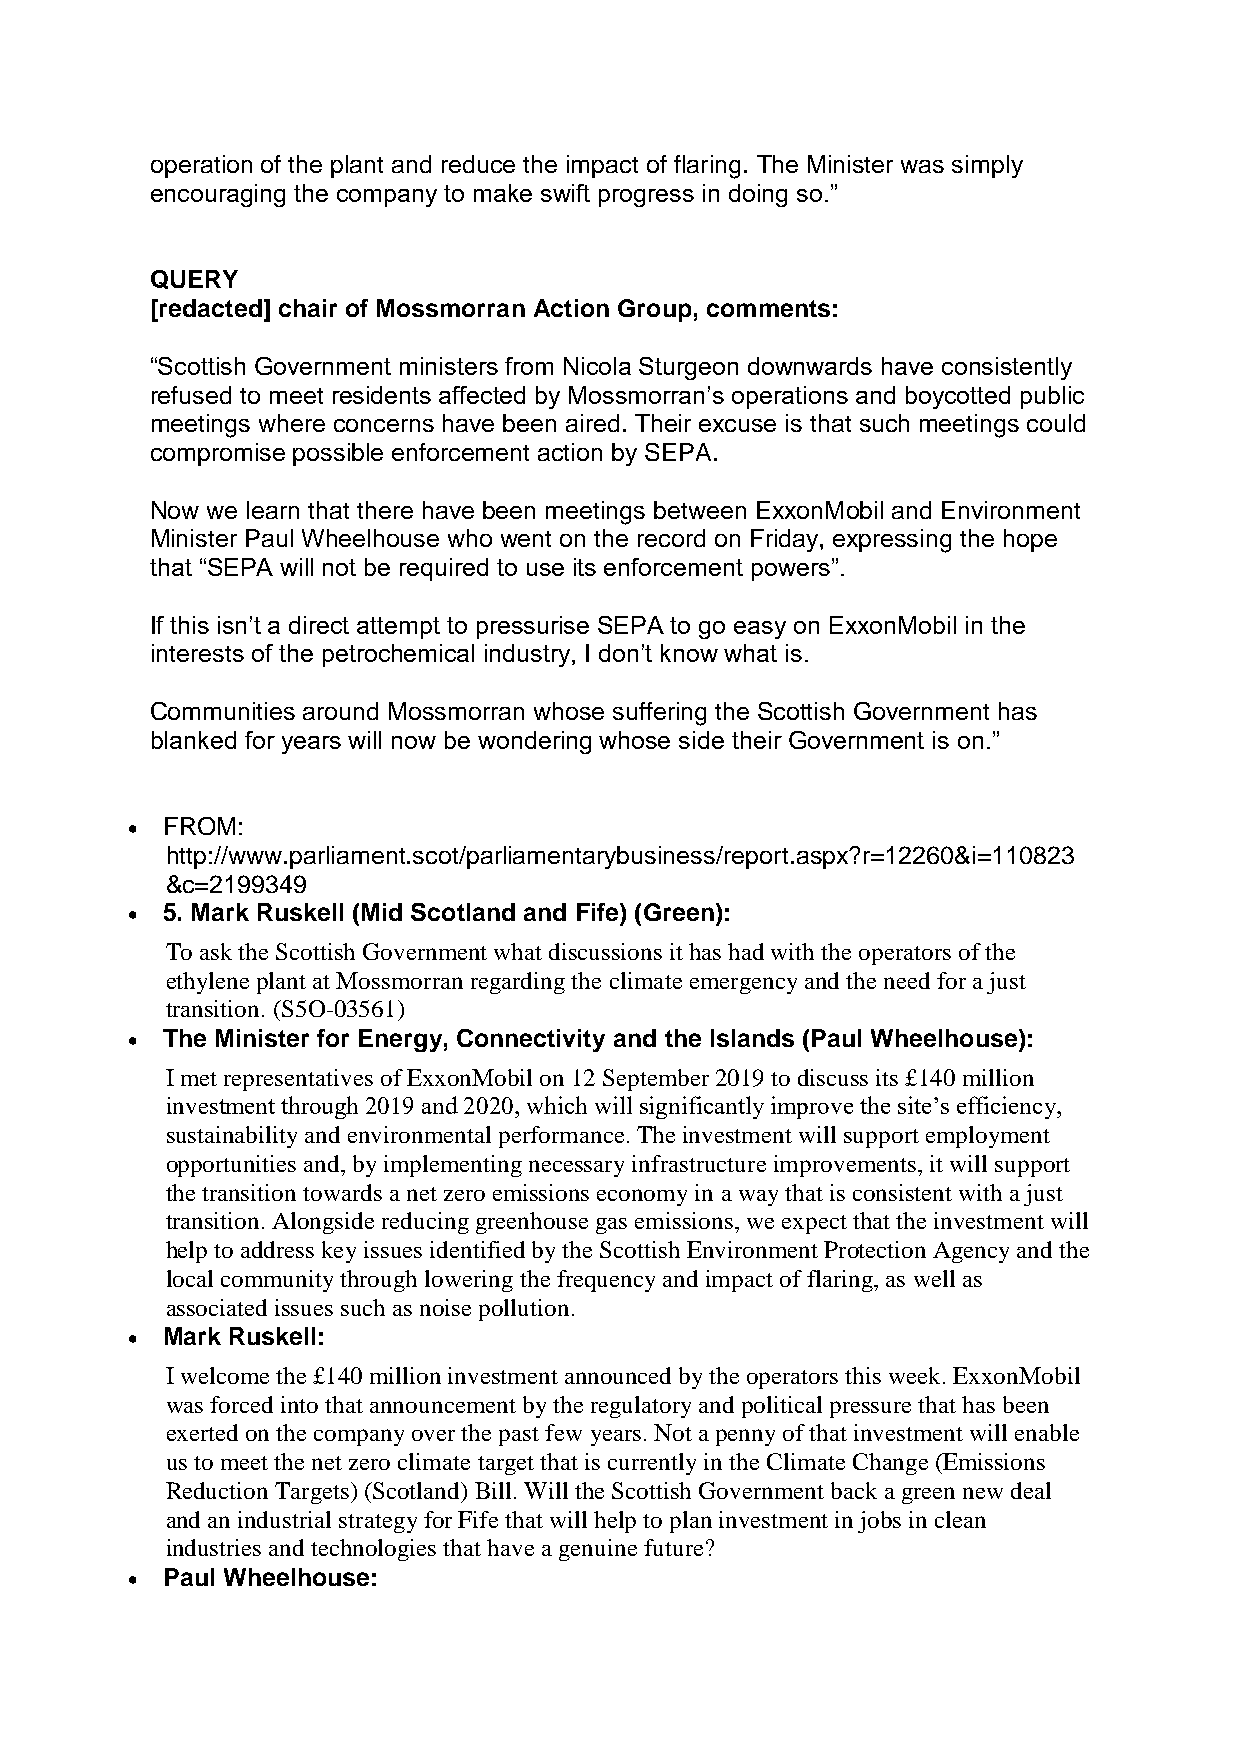
operation of the plant and reduce the impact of flaring. The Minister was simply
 encouraging the company to make swift progress in doing so.”
 QUERY
 [redacted] chair of Mossmorran Action Group, comments:
 “Scottish Government ministers from Nicola Sturgeon downwards have consistently
 refused to meet residents affected by Mossmorran’s operations and boycotted public
 meetings where concerns have been aired. Their excuse is that such meetings could
 compromise possible enforcement action by SEPA.
 Now we learn that there have been meetings between ExxonMobil and Environment
 Minister Paul Wheelhouse who went on the record on Friday, expressing the hope
 that “SEPA will not be required to use its enforcement powers”.
 If this isn’t a direct attempt to pressurise SEPA to go easy on ExxonMobil in the
 interests of the petrochemical industry, I don’t know what is.
 Communities around Mossmorran whose suffering the Scottish Government has
 blanked for years will now be wondering whose side their Government is on.”
   FROM:
 http://www.parliament.scot/parliamentarybusiness/report.aspx?r=12260&i=110823
 &c=2199349
   5. Mark Ruskell (Mid Scotland and Fife) (Green):
 To ask the Scottish Government what discussions it has had with the operators of the
 ethylene plant at Mossmorran regarding the climate emergency and the need for a just
 transition. (S5O-03561)
   The Minister for Energy, Connectivity and the Islands (Paul Wheelhouse):
 I met representatives of ExxonMobil on 12 September 2019 to discuss its £140 million
 investment through 2019 and 2020, which will significantly improve the site’s efficiency,
 sustainability and environmental performance. The investment will support employment
 opportunities and, by implementing necessary infrastructure improvements, it will support
 the transition towards a net zero emissions economy in a way that is consistent with a just
 transition. Alongside reducing greenhouse gas emissions, we expect that the investment will
 help to address key issues identified by the Scottish Environment Protection Agency and the
 local community through lowering the frequency and impact of flaring, as well as
 associated issues such as noise pollution.
   Mark Ruskell:
 I welcome the £140 million investment announced by the operators this week. ExxonMobil
 was forced into that announcement by the regulatory and political pressure that has been
 exerted on the company over the past few years. Not a penny of that investment will enable
 us to meet the net zero climate target that is currently in the Climate Change (Emissions
 Reduction Targets) (Scotland) Bill. Will the Scottish Government back a green new deal
 and an industrial strategy for Fife that will help to plan investment in jobs in clean
 industries and technologies that have a genuine future?
   Paul Wheelhouse: